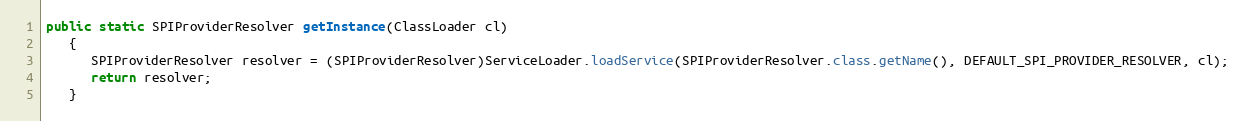
Language: Java
public static SPIProviderResolver getInstance(ClassLoader cl)
   {
      SPIProviderResolver resolver = (SPIProviderResolver)ServiceLoader.loadService(SPIProviderResolver.class.getName(), DEFAULT_SPI_PROVIDER_RESOLVER, cl);
      return resolver;
   }